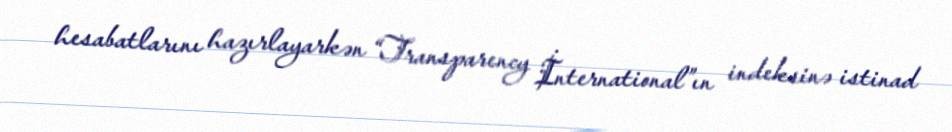
hesabatlarını hazırlayarkən “Transparency İnternational”ın indeksinə istinad